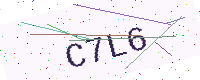
Text: C7L6